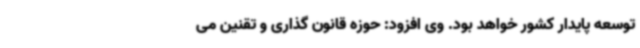
توسعه پایدار کشور خواهد بود. وی افزود: حوزه قانون گذاری و تقنین می